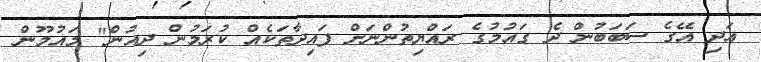
އަދި އޭގެ ސަބަބުން ދެ ގައުމުގެ ރައްޔިތުންނަށް ފައިދާތަކެއް ކުރަމުން ދިއުން" މައުމޫން